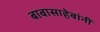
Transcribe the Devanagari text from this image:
बाबासाहेबांनीं